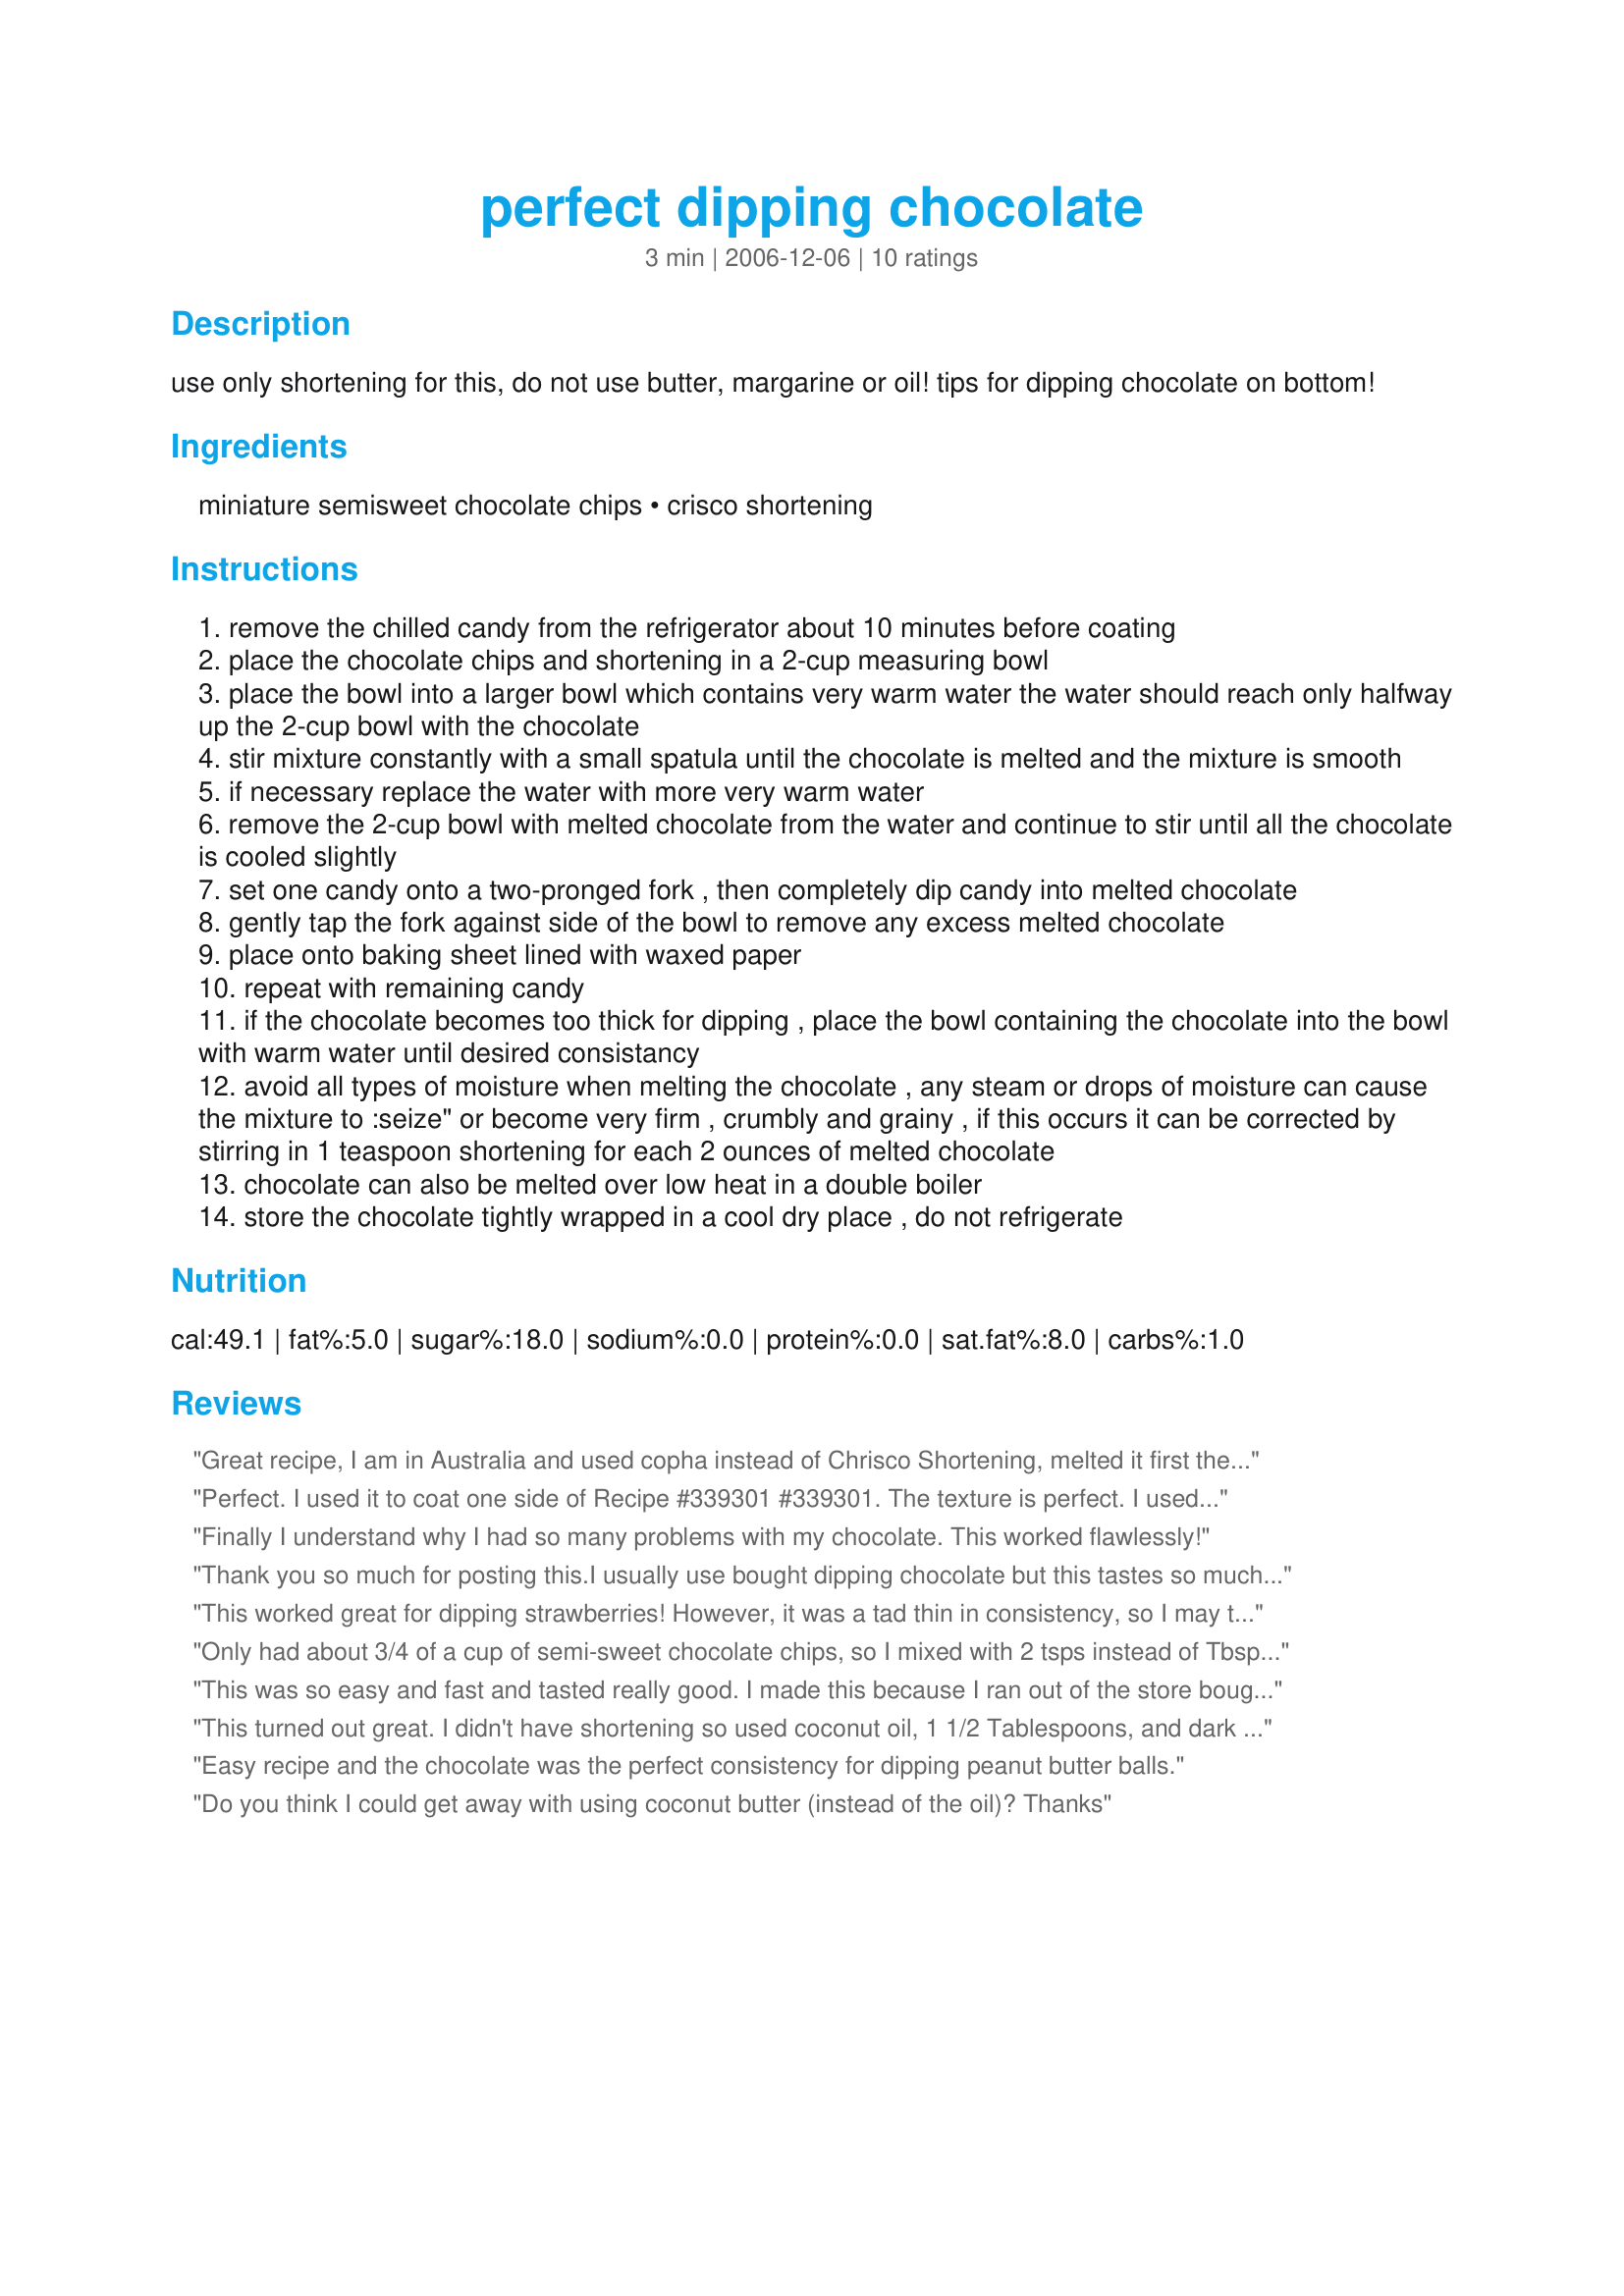
perfect dipping chocolate
Preparation time: 3 minutes

use only shortening for this, do not use butter, margarine or oil! tips for dipping chocolate on bottom!

Ingredients:
miniature semisweet chocolate chips, crisco shortening

Steps:
remove the chilled candy from the refrigerator about 10 minutes before coating
place the chocolate chips and shortening in a 2-cup measuring bowl
place the bowl into a larger bowl which contains very warm water the water should reach only halfway up the 2-cup bowl with the chocolate
stir mixture constantly with a small spatula until the chocolate is melted and the mixture is smooth
if necessary replace the water with more very warm water
remove the 2-cup bowl with melted chocolate from the water and continue to stir until all the chocolate is cooled slightly
set one candy onto a two-pronged fork , then completely dip candy into melted chocolate
gently tap the fork against side of the bowl to remove any excess melted chocolate
place onto baking sheet lined with waxed paper
repeat with remaining candy
if the chocolate becomes too thick for dipping , place the bowl containing the chocolate into the bowl with warm water until desired consistancy
avoid all types of moisture when melting the chocolate , any steam or drops of moisture can cause the mixture to :seize" or become very firm , crumbly and grainy , if this occurs it can be corrected by stirring in 1 teaspoon shortening for each 2 ounces of melted chocolate
chocolate can also be melted over low heat in a double boiler
store the chocolate tightly wrapped in a cool dry place , do not refrigerate

Reviews:
Great recipe, I am in Australia and used copha instead of Chrisco Shortening, melted it first the added to the melted chocolate, worked brilliantly
Perfect. I used it to coat one side of Recipe #339301 #339301. The texture is perfect. I used an 11.5 oz. bag of Ghirardelli 60% cacao bittersweet chocolate with the 2 T Crisco; that made way more than I needed to coat the cookies. I recommend this enthusiastically!
Finally I understand why I had so many problems with my chocolate. This worked flawlessly!
Thank you so much for posting this.I usually use bought dipping chocolate but this tastes so much better and is so easy.I was going to look up a recipe and here it was.Thanks again for posting.
This worked great for dipping strawberries! However, it was a tad thin in consistency, so I may try decreasing the shortening ever so slightly next time. Thank you.
Only had about 3/4 of a cup of semi-sweet chocolate chips, so I mixed with 2 tsps instead of Tbsps of Crisco - it still made enough chocolate for me to dip 30 peanut butter truffles. I expected it to take longer to melt the chocolate using the warm water, but I stirred and stirred and before I knew it, it was nice and smooth. Very easy & delicious recipe... thanks Kittencal!
This was so easy and fast and tasted really good. I made this because I ran out of the store bought dipping &quot;almond bark&quot; stuff and need more immediately. This worked great, and we had leftover. So I reheated it (after stored in refrigerator overnight) and drizzled it over ice cream the next day. It was like homemade magic shell - the kids LOVED it. Since then, I make it just for that purpose! I might try coconut oil in the future since other comments had success with that.
This turned out great. I didn't have shortening so used coconut oil, 1 1/2 Tablespoons, and dark chocolate chips. Melted it in the microwave for 1 1/2 minutes with 30 seconds check and stir. The strawberries were beautiful and tasted great. Thank you for such an easy recipe.
Easy recipe and the chocolate was the perfect consistency for dipping peanut butter balls.
Do you think I could get away with using coconut butter (instead of the oil)? Thanks
